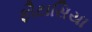
ફૌટાસિયા